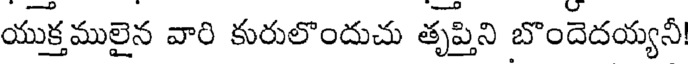
యుక్తములైన వారి కురులొందుచు తృప్తిని బొందెదయ్యనీ